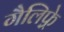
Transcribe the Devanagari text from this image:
गैलिफ़्रे